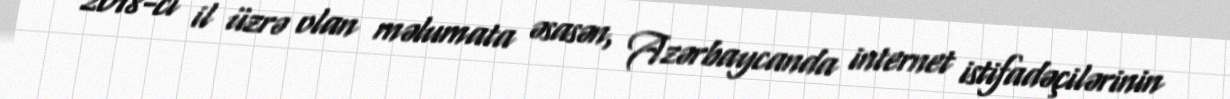
2018-ci il üzrə olan məlumata əsasən, Azərbaycanda internet istifadəçilərinin